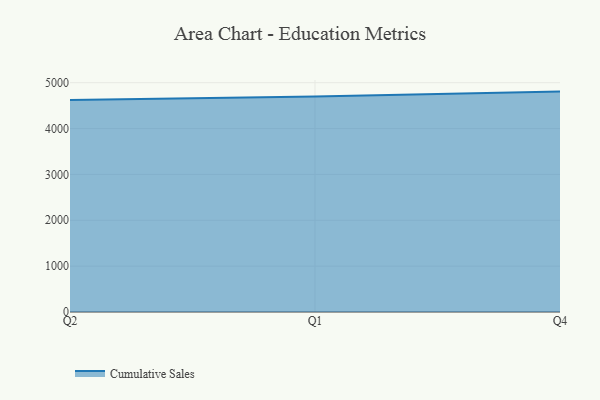
{"axis": {"x": "Quarter", "y": "Demand Index"}, "legend": ["Cumulative Sales"], "data": [{"x": "Q2", "y": 4621.4, "type": "Cumulative Sales"}, {"x": "Q1", "y": 4697.7, "type": "Cumulative Sales"}, {"x": "Q4", "y": 4806.0, "type": "Cumulative Sales"}]}